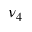
\nu _ { 4 }